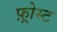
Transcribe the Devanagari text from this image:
फ़्रोस्ट